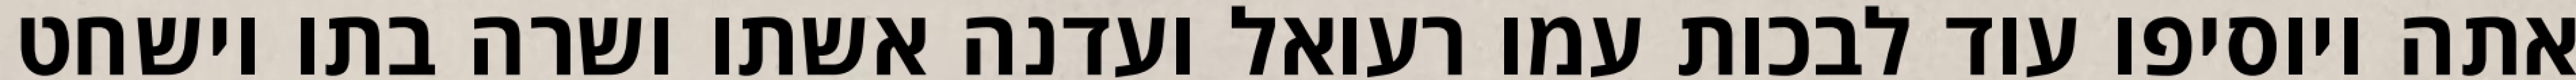
אתה ויוסיפו עוד לבכות עמו רעואל ועדנה אשתו ושרה בתו וישחט